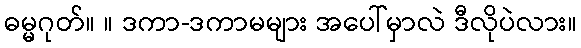
ဓမ္မဂုတ်။ ။ ဒကာ-ဒကာမများ အပေါ်မှာလဲ ဒီလိုပဲလား။